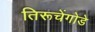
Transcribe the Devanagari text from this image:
तिरूचेंगोडे